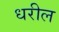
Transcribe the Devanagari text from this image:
धरील